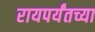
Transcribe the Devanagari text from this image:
रायपर्यंतच्या